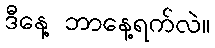
ဒီနေ့ ဘာနေ့ရက်လဲ။